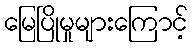
မြေပြိုမှုများကြောင့်